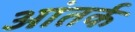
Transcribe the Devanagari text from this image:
आंतर्क